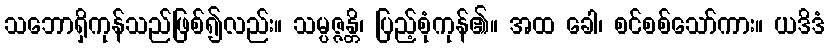
သဘောရှိကုန်သည်ဖြစ်၍လည်း။ သမ္ပဇ္ဇန္တိ၊ ပြည့်စုံကုန်၏။ အထ ခေါ၊ စင်စစ်သော်ကား။ ယဒိဒံ